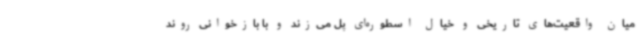
میان واقعیت‌های تاریخی و خیال اسطوره‌ای پل می‌زند و با بازخوانی روند